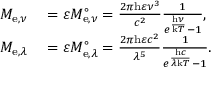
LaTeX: \begin{array} { r l } { M _ { \mathrm { e } , \nu } } & { { } = \varepsilon M _ { \mathrm { e } , \nu } ^ { \circ } = { \frac { 2 \pi \mathrm { h } \varepsilon \nu ^ { 3 } } { c ^ { 2 } } } { \frac { 1 } { e ^ { \frac { \mathrm { h } \nu } { \mathrm { k } T } } - 1 } } , } \\ { M _ { \mathrm { e } , \lambda } } & { { } = \varepsilon M _ { \mathrm { e } , \lambda } ^ { \circ } = { \frac { 2 \pi \mathrm { h } \varepsilon c ^ { 2 } } { \lambda ^ { 5 } } } { \frac { 1 } { e ^ { \frac { \mathrm { h } c } { \lambda \mathrm { k } T } } - 1 } } . } \end{array}